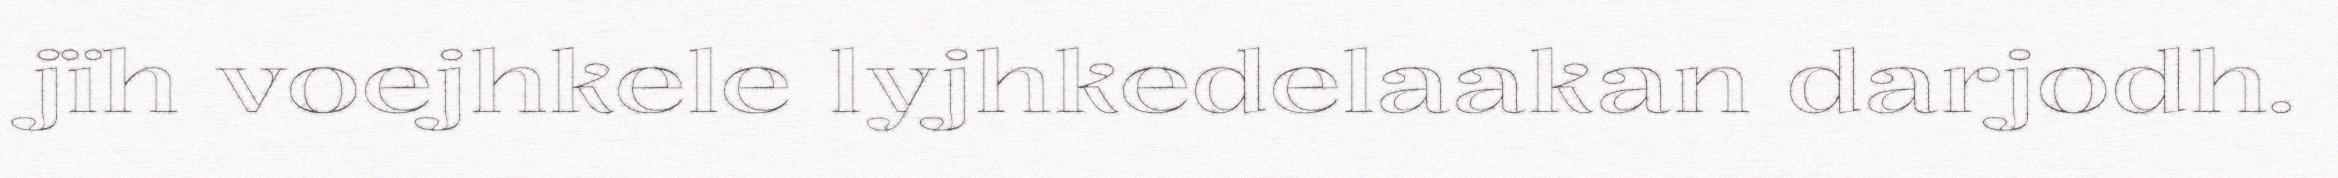
jïh voejhkele lyjhkedelaakan darjodh.